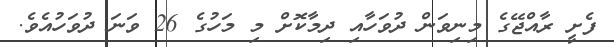
ފެށީ ރާއްޖޭގެ މިނިވަން ދުވަހާއި ދިމާކޮށް މި މަހުގެ 26 ވަނަ ދުވަހުއެވެ.